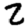
Digit: 2